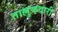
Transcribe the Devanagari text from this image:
ताल्लुकदारी